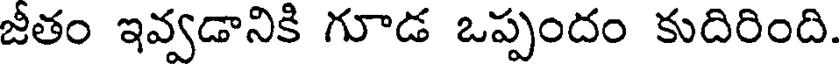
జీతం ఇవ్వడానికి గూడ ఒప్పందం కుదిరింది.